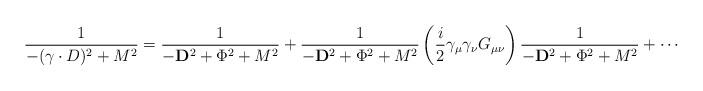
LaTeX: \begin{align*}{1 \over -(\gamma\cdot D)^2 +M^2} = {1 \over -{\bf D}^2 +\Phi^2 +M^2 } + {1 \over -{\bf D}^2 +\Phi^2 +M^2 } \left({i\over 2}\gamma_\mu \gamma_\nu G_{\mu\nu} \right) {1 \over -{\bf D}^2 +\Phi^2 +M^2 } + \cdots\end{align*}